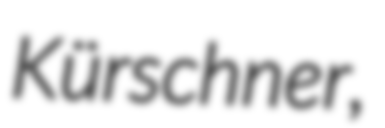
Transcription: Kürschner,